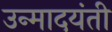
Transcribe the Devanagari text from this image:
उन्मादयंती